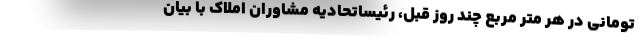
تومانی در هر متر مربع چند روز قبل، رئیساتحادیه مشاوران املاک با بیان